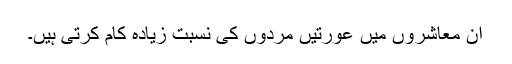
ان معاشروں میں عورتیں مردوں کی نسبت زیادہ کام کرتی ہیں۔